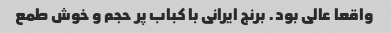
واقعا عالی بود. برنج ایرانی با کباب پر حجم و خوش طمع